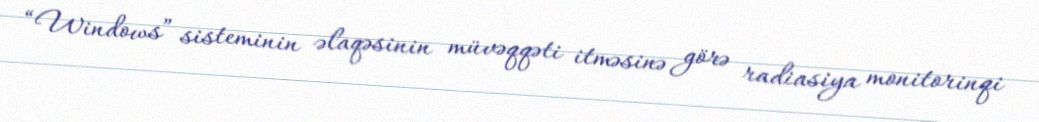
“Windows” sisteminin əlaqəsinin müvəqqəti itməsinə görə radiasiya monitorinqi